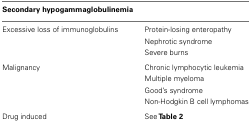
| <COLSPAN=2> Secondary hypogammaglobulinemia |
 | --- | --- |
 | Excessive loss of immunoglobulins | Protein-losing enteropathy |
 |  | Nephrotic syndrome |
 |  | Severe burns |
 | Malignancy | Chronic lymphocytic leukemia |
 |  | Multiple myeloma |
 |  | Good’s syndrome |
 |  | Non-Hodgkin B cell lymphomas |
 | Drug induced | See Table 2 |